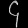
Digit: ၄